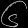
Digit: ၆